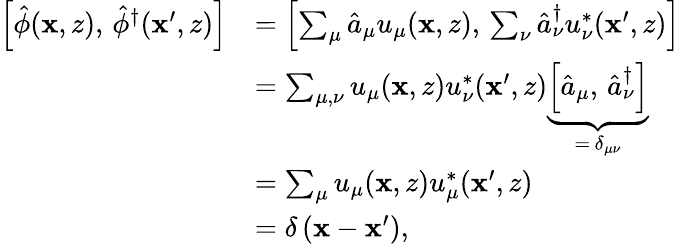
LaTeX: \begin{array}{rl}{\left[\hat{\phi}(\mathbf{x},z),\, \hat{\phi}^{\dagger}(\mathbf{x}^{\prime},z)\right]}&{=\Bigl[\sum_{\mu}\hat{a}_{\mu}u_{\mu}(\mathbf{x},z),\, \sum_{\nu}\hat{a}_{\nu}^{\dagger}u_{\nu}^{*}(\mathbf{x}^{\prime},z)\Bigr]}\\ &{=\sum_{\mu,\nu}u_{\mu}(\mathbf{x},z)u_{\nu}^{*}(\mathbf{x}^{\prime},z)\underbrace{\Bigl[\hat{a}_{\mu},\, \hat{a}_{\nu}^{\dagger}\Bigr]}_{=\, \delta_{\mu\nu}}}\\ &{=\sum_{\mu}u_{\mu}(\mathbf{x},z)u_{\mu}^{*}(\mathbf{x}^{\prime},z)}\\ &{=\delta\left(\mathbf{x}-\mathbf{x}^{\prime}\right),}\end{array}